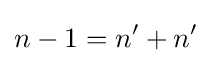
n-1=n'+n'